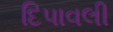
દિપાવલી